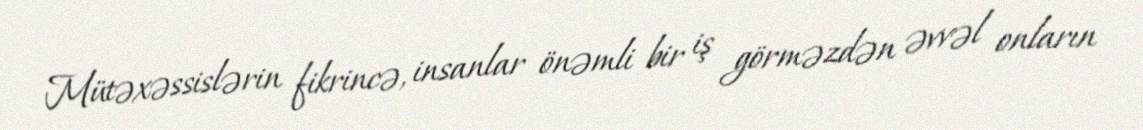
Mütəxəssislərin fikrincə, insanlar önəmli bir iş görməzdən əvvəl onların